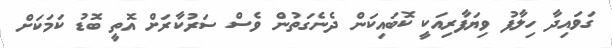
ގަވައިދާ ހިލާފު ވިޔަފާރިއަކީ ކޮބައިކަން ދެނެގަތުން ވެސް ސަރުކާރަށް އޮތީ ބޮޑު ކަމަކަށް